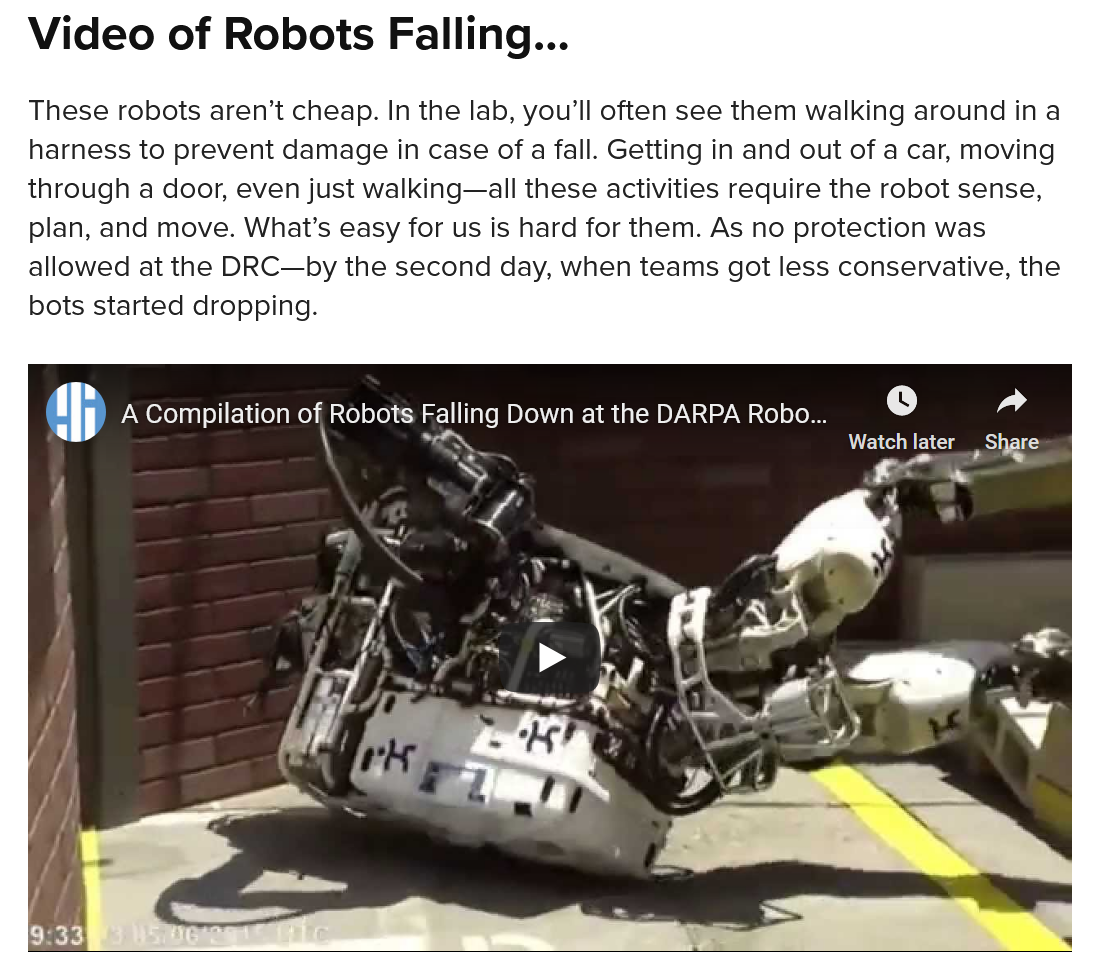
Video    of  Robots  Falling...
  These robots aren’t cheap. In the lab, you’ll often see them walking around ina
   harness to prevent damage in case of
  a
     fall. Getting in and out of a car, moving
  through a door, even just walking—all these activities require the robot sense,
   plan, and move. What’s easy for us is hard for them. As no protection was
  allowed at the DRC—by the second day, when teams got less conservative, the
   bots started dropping.
     A Compilation Oi Robots Falling Down at the DARPA Robo...
     a
     tas?
     5
     ale
     ATEN eicom